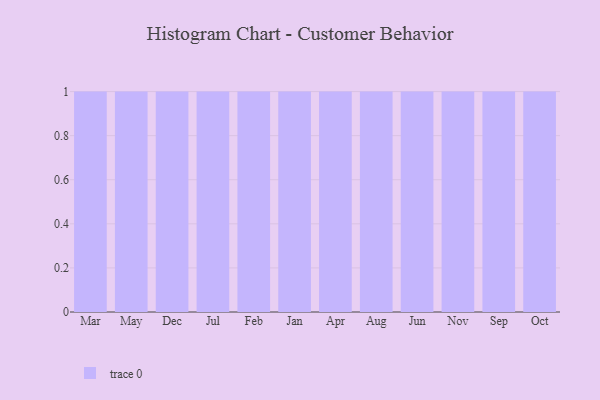
{"axis": {"x": "Month", "y": "Humidity (%)"}, "legend": [""], "data": [{"x": "Mar", "y": 70, "type": ""}, {"x": "May", "y": 10, "type": ""}, {"x": "Dec", "y": 87, "type": ""}, {"x": "Jul", "y": 6, "type": ""}, {"x": "Feb", "y": 99, "type": ""}, {"x": "Jan", "y": 54, "type": ""}, {"x": "Apr", "y": 2, "type": ""}, {"x": "Aug", "y": 23, "type": ""}, {"x": "Jun", "y": 83, "type": ""}, {"x": "Nov", "y": 34, "type": ""}, {"x": "Sep", "y": 67, "type": ""}, {"x": "Oct", "y": 10, "type": ""}]}